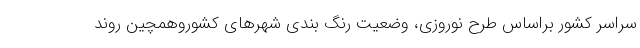
سراسر کشور براساس طرح نوروزی، وضعیت رنگ بندی شهرهای کشوروهمچین روند